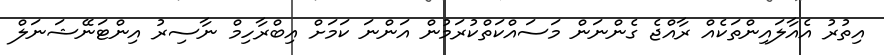
އިތުރު އެއާލައިންތަކެއް ރާއްޖެ ގެންނަން މަސައްކަތްކުރަމުން އަންނަ ކަމަށް އިބްރާހިމް ނާސިރު އިންޓަނޭޝަނަލް